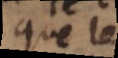
que de